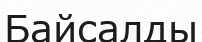
Байсалды